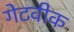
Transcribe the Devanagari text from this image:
गेटवीक